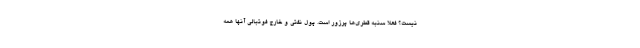
نیست؟ فعلا سنبه قطری‌ها پرزور است. پول نفتی و خارج فوتبالی آنها همه